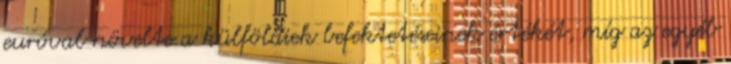
euróval növelte a külföldiek befektetéseinek értékét, míg az egyéb